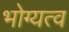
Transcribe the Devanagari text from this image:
भोग्यत्व